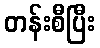
တန်းစီပြီး